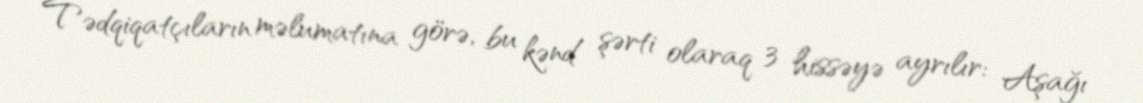
Tədqiqatçıların məlumatına görə, bu kənd şərti olaraq 3 hissəyə ayrılır: Aşağı